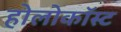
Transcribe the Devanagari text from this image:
होलोकॉस्‍ट